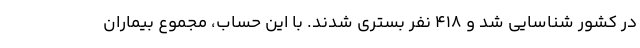
در کشور شناسایی شد و ۴۱۸ نفر بستری شدند. با این حساب، مجموع بیماران